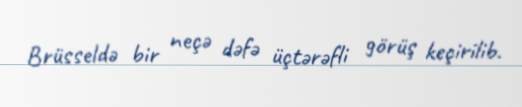
Brüsseldə bir neçə dəfə üçtərəfli görüş keçirilib.